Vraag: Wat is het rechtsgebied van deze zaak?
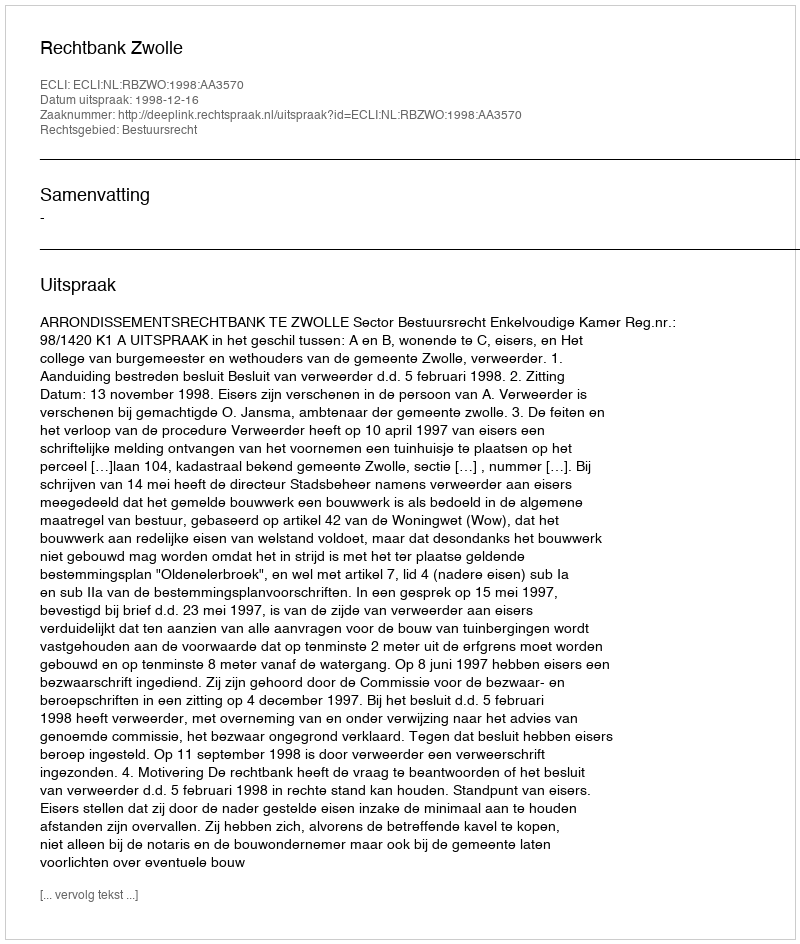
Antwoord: Bestuursrecht